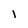
Character: 1